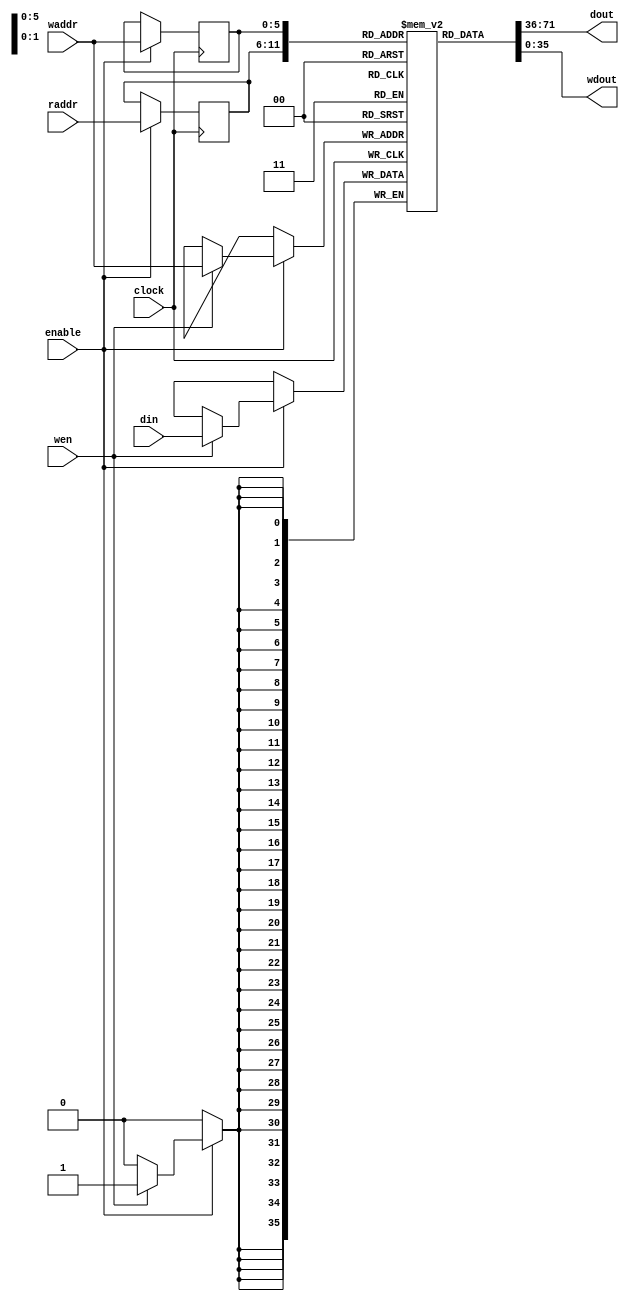
`timescale 1ns / 1ps
/* Dual-Port RAM with synchronous read (read through)
 */
module DualBRAM #(
    parameter WIDTH = 36,
    parameter LOG_DEP = 6
)
(
    input clock,
    input enable,
    input wen,
    input  [LOG_DEP-1:0] waddr,
    input  [LOG_DEP-1:0] raddr,
    input  [WIDTH-1:0] din,
    output [WIDTH-1:0] dout,
    output [WIDTH-1:0] wdout
);
    localparam DEPTH = 1 << LOG_DEP;
    
    // Infer Block RAM
    reg         [WIDTH-1:0] ram [DEPTH-1:0];
    reg      [LOG_DEP-1: 0] read_addr;
    reg      [LOG_DEP-1: 0] write_addr;
    
    // synthesis attribute RAM_STYLE of ram is block
    always @(posedge clock)
    begin
        if (enable)
        begin
            if (wen)
                ram[waddr]  <= din;
        
            read_addr <= raddr;
            write_addr <= waddr;
        end
    end
    
    assign dout = ram[read_addr];
    assign wdout = ram[write_addr];
endmodule